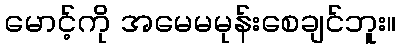
မောင့်ကို အမေမမုန်းစေချင်ဘူး။